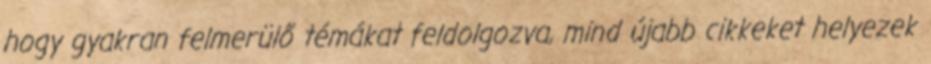
hogy gyakran felmerülő témákat feldolgozva, mind újabb cikkeket helyezek